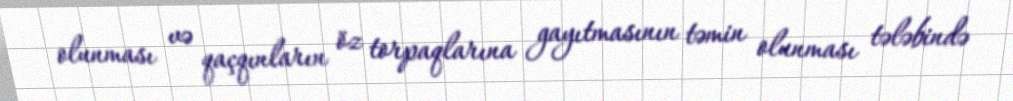
olunması və qaçqınların öz torpaqlarına gayıtmasının təmin olunması tələbində